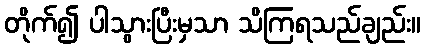
တိုက်၍ ပါသွားပြီးမှသာ သိကြရသည်ချည်း။